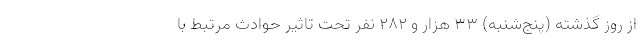
از روز گذشته (پنج‌شنبه) ۳۳ هزار و ۲۸۲ نفر تحت تاثیر حوادث مرتبط با